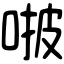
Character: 𠵿